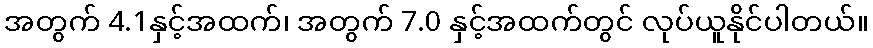
အတွက် 4.1နှင့်အထက်၊ အတွက် 7.0 နှင့်အထက်တွင် လုပ်ယူနိုင်ပါတယ်။